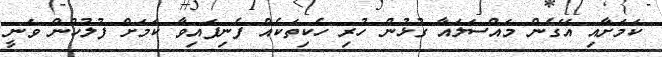
ކަމަށާއި އޭގެން މައްސަލައާ ގުޅުން ހުރި ހެކިތަކެއް ފެނިފައިވާ ކަމަށް ފުލުހުން ވަނީ